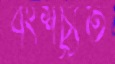
বংশচ্যুত